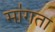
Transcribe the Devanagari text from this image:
मा॑गता